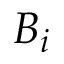
B _ { i }